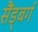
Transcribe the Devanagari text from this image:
सैंड्बर्ग